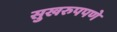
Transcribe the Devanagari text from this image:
सुखरुपपणे